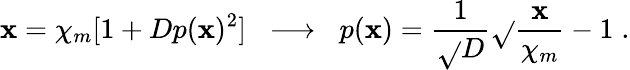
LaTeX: \mathbf{x}=\chi_{m}[1+Dp(\mathbf{x})^{2}]\; \; \longrightarrow\; \; p(\mathbf{x})=\frac{{1}}{{\sqrt{}{{D}}}}\sqrt{}{{\frac{{\mathbf{x}}}{{\chi_{m}}}-1}}\; .